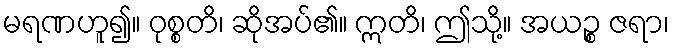
မရဏဟူ၍။ ဝုစ္စတိ၊ ဆိုအပ်၏။ ဣတိ၊ ဤသို့။ အယဉ္စ ဇရာ၊